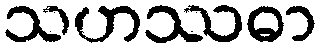
သဟဿဓာ